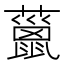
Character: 𧀨